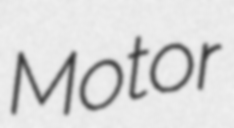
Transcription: Motor